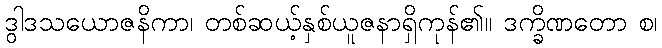
ဒွါဒသယောဇနိကာ၊ တစ်ဆယ့်နှစ်ယူဇနာရှိကုန်၏။ ဒက္ခိဏတော စ၊